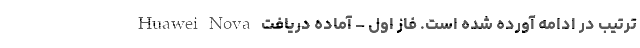
ترتیب در ادامه آورده شده است. فاز اول – آماده دریافت  Huawei Nova